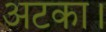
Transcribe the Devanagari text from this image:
अटका।